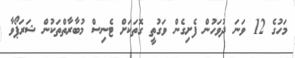
މަހުގެ 12 ވަނަ ދުވަހުން ފެށިގެން ވަގުތީ ގޮތަކަށް ޓެނިސް މުބާރާތްތަކުން ޝަރަޕޯވާ